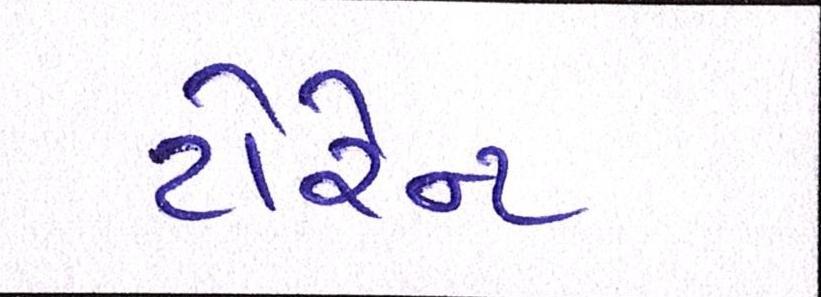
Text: ટોરેન્ટ